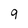
Character: 9